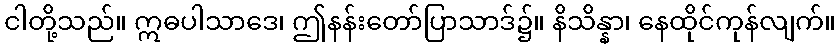
ငါတို့သည်။ ဣဓပါသာဒေ၊ ဤနန်းတော်ပြာသာဒ်၌။ နိသိန္နာ၊ နေထိုင်ကုန်လျက်။